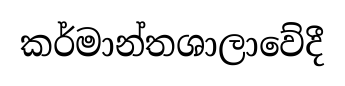
කර්මාන්තශාලාවේදී